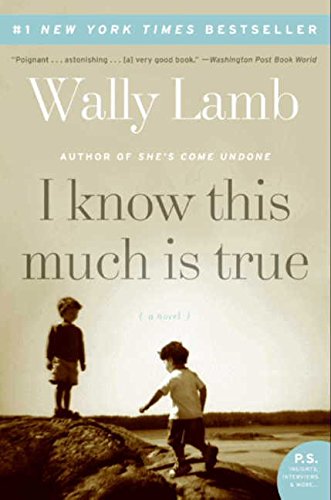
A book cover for I Know This Much Is True: A Novel (P.S.); Wally Lamb; Literature & Fiction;